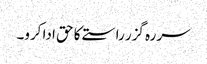
سر رہ گزر راستے کا حق ادا کرو۔